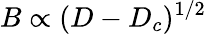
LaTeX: B\propto(D-D_{c})^{1/2}